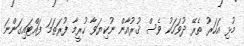
މުޅި އަހަރު ތެރޭ ދުވަހަކު ވެސް ޤުރުއާން ނުކިޔަވާ ހުރީމާ ފުރަތަމަ ފައްޓައިގަންނަ